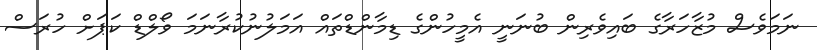
ނަމަވެސް މުޒާހަރާގެ ބައިވެރިން ބުނަަނީ އެމީހުންގެ ޑިމާންޑްތައް އަމަލުނުކުރާނަމަ ވޯލްޑް ކަޕަށް ހުރަސް